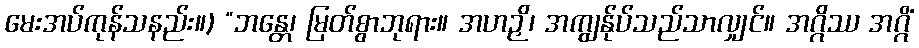
မေးအပ်ကုန်သနည်း။) “ဘန္တေ၊ မြတ်စွာဘုရား။ အဟဉှိ၊ အကျွန်ုပ်သည်သာလျှင်။ အဂ္ဂိဿ အဂ္ဂိံ